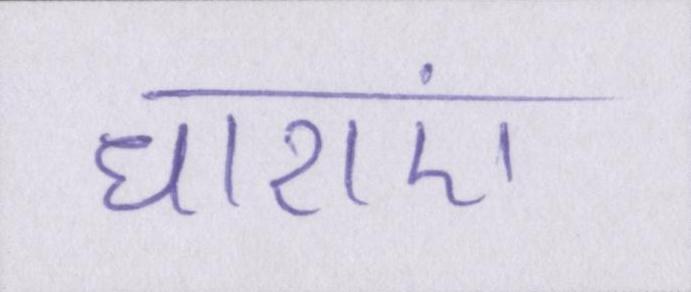
धाराएं